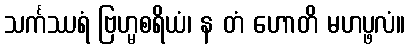
သင်္ကဿရံ ဗြဟ္မစရိယံ၊ န တံ ဟောတိ မဟပ္ဖလံ။